NAE_eestikeelseid_kaarte, lk 20
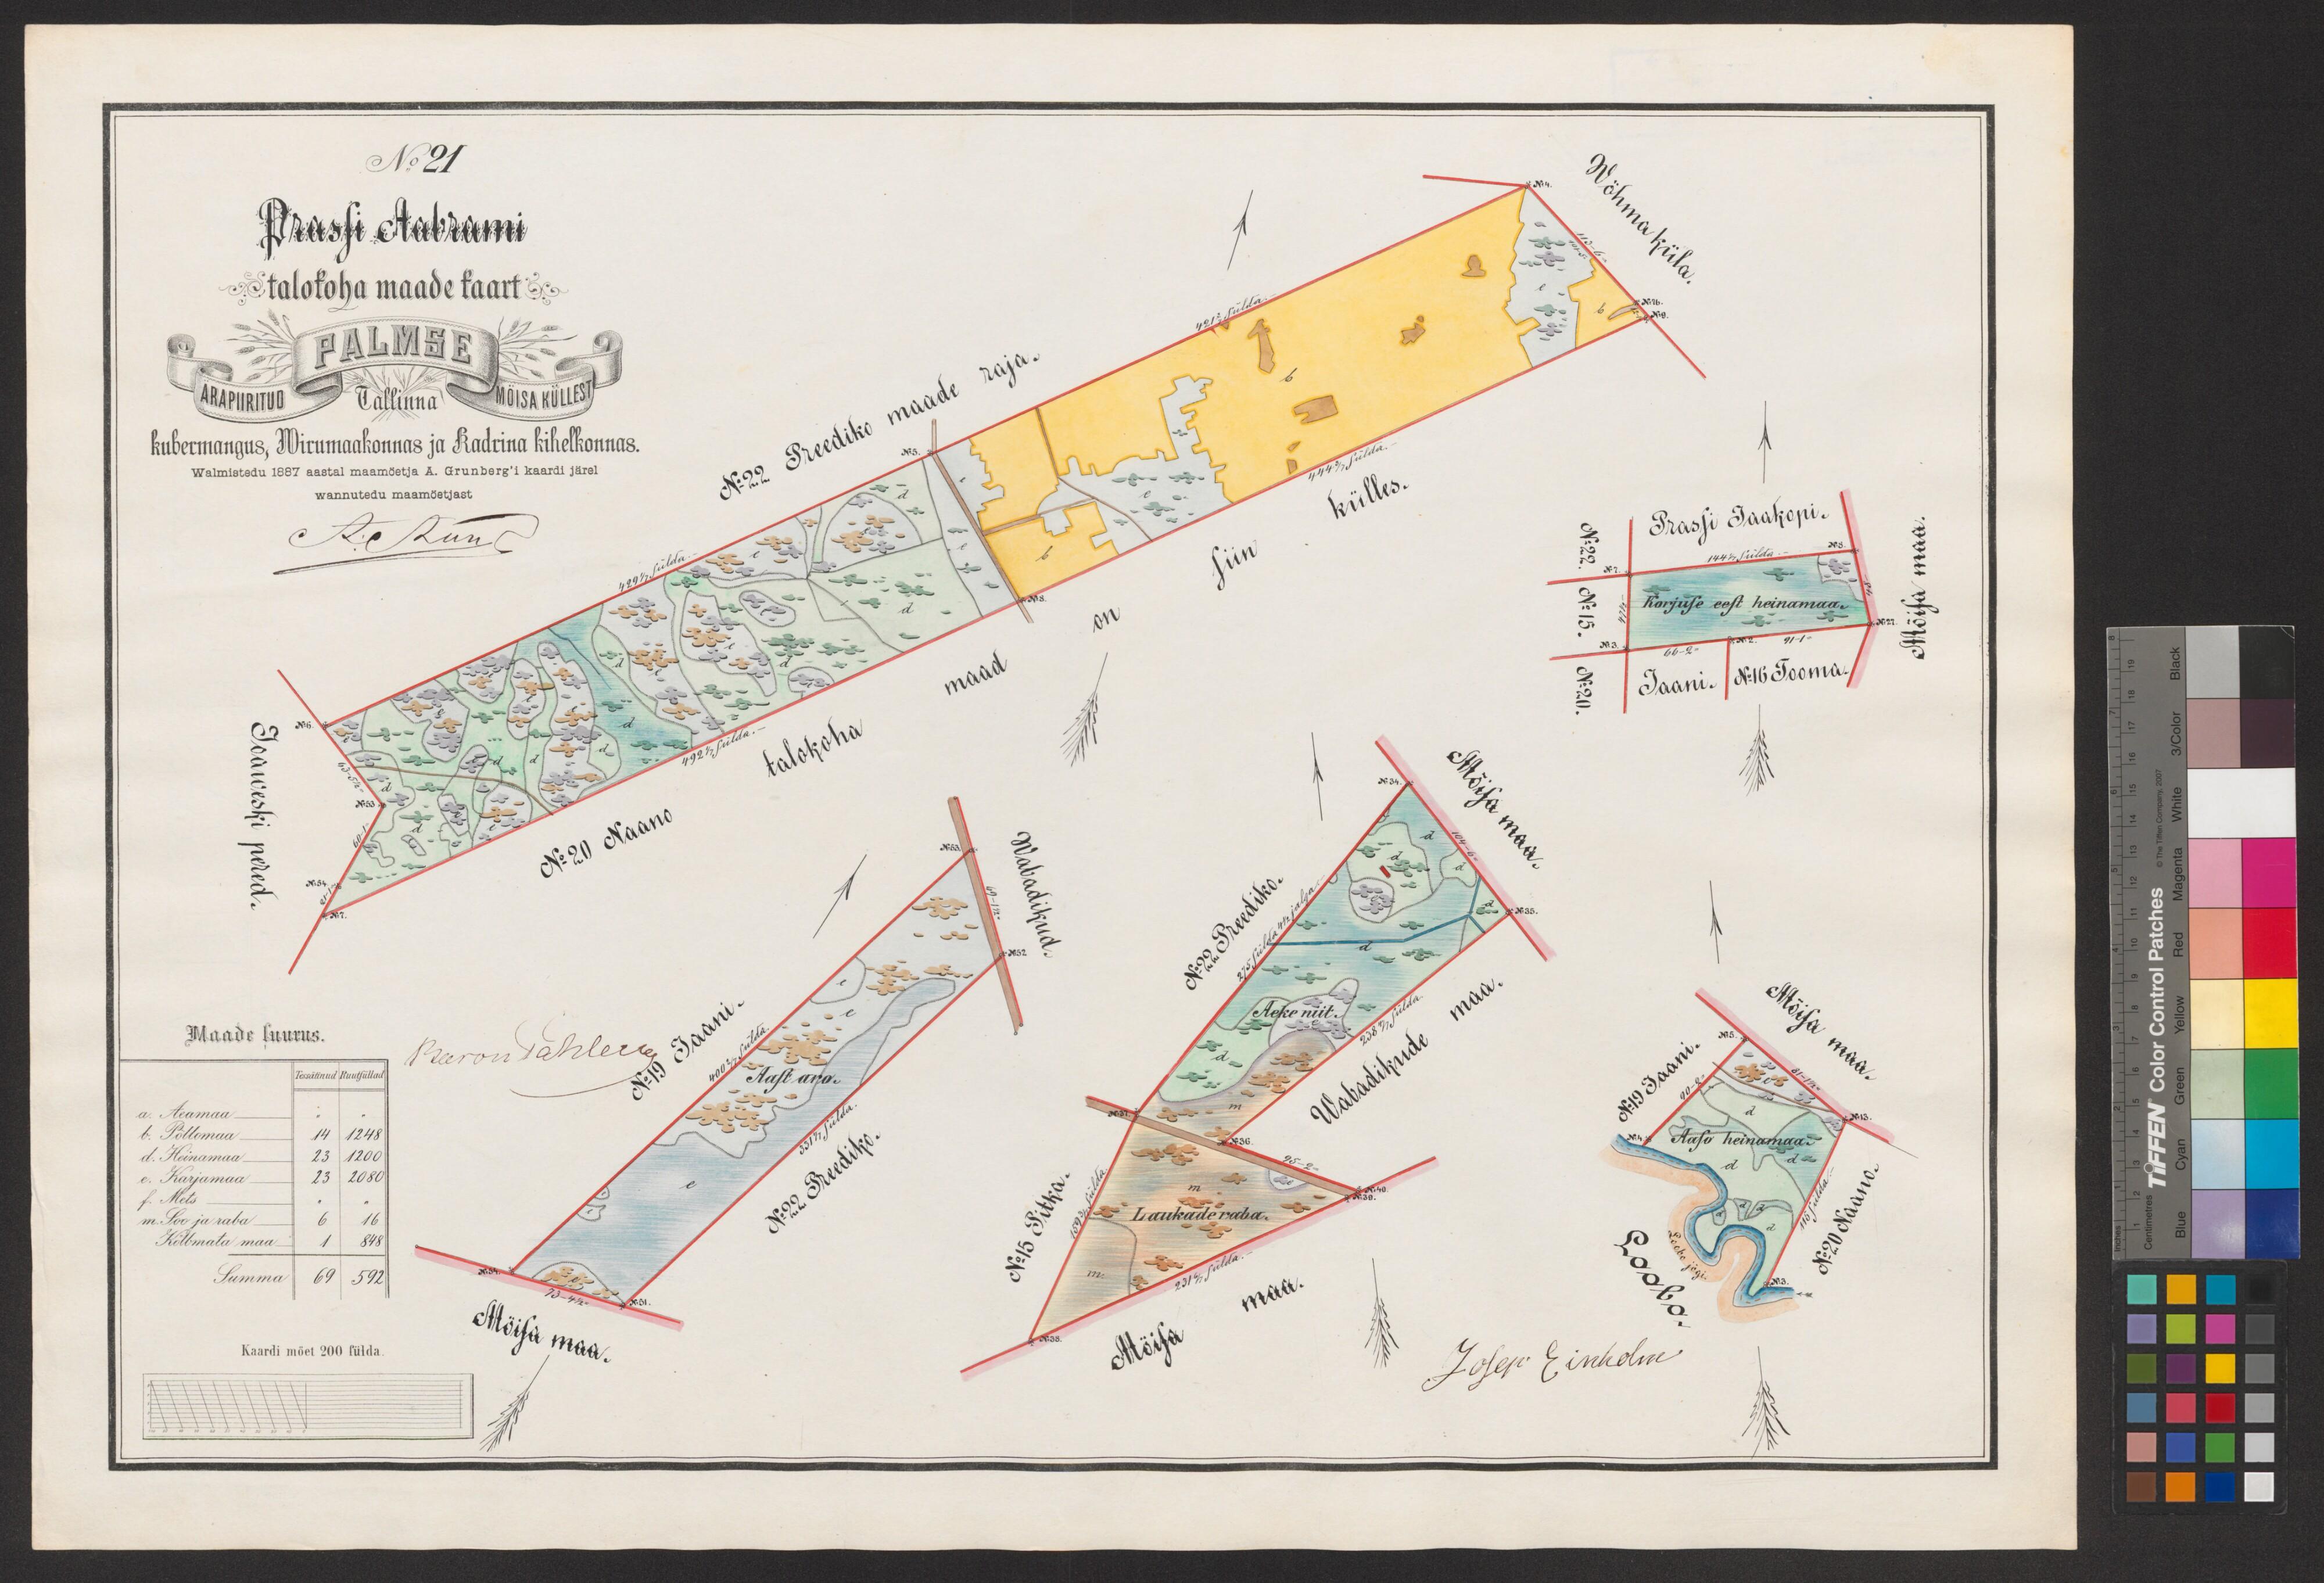
N: 21
Prassi Aabrami
talokoha maade kaart
kubermangus, Wiru maakonnas ja Kadrina kihelkonnas.
Walmistedu 1887 aastal maamöetja A. Grunberg'i kaardi järel
wannutedu maamöetjast
Prassi Jaakopi.
Korjuse eest heinamaa.
No: 16 Tooma
Jaani.
Aeke niit.
Maade suurus.
Aast aro.
a. Aeamaa
Aaso heinamaa.
b. Pöllomaa
d. Heinamaa
e. Karjamaa
f. Mets
Laukade raba.
m. Soo ja raba
Kölbmata maa
Summa
Kaardi möet 200 sülda